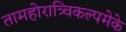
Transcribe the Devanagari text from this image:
तामहोरात्र्विकल्पमेके